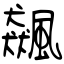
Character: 飆